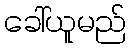
ခေါ်ယူမည်